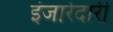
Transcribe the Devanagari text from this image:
इंजारेदारी